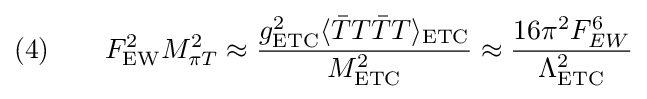
(4)\qquad F_{\text{EW}}^{2}M_{\pi T}^{2}\approx {\frac {g_{\text{ETC}}^{2}\langle {\bar {T}}T{\bar {T}}T\rangle _{\text{ETC}}}{M_{\text{ETC}}^{2}}}\approx {\frac {16\pi ^{2}F_{EW}^{6}}{\Lambda _{\text{ETC}}^{2}}}